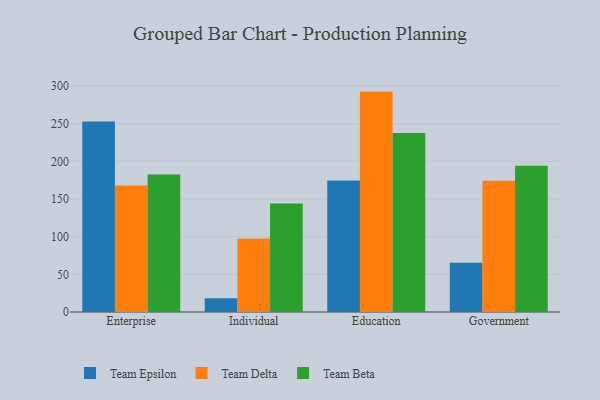
{"axis": {"x": "Segment", "y": "Gross Profit (USD K)"}, "legend": ["Team Beta", "Team Delta", "Team Epsilon"], "data": [{"x": "Enterprise", "y": 252.8, "type": "Team Epsilon"}, {"x": "Enterprise", "y": 167.8, "type": "Team Delta"}, {"x": "Enterprise", "y": 182.5, "type": "Team Beta"}, {"x": "Individual", "y": 18.1, "type": "Team Epsilon"}, {"x": "Individual", "y": 97.7, "type": "Team Delta"}, {"x": "Individual", "y": 144.1, "type": "Team Beta"}, {"x": "Education", "y": 174.6, "type": "Team Epsilon"}, {"x": "Education", "y": 292.6, "type": "Team Delta"}, {"x": "Education", "y": 237.5, "type": "Team Beta"}, {"x": "Government", "y": 65.5, "type": "Team Epsilon"}, {"x": "Government", "y": 174.2, "type": "Team Delta"}, {"x": "Government", "y": 194.1, "type": "Team Beta"}]}